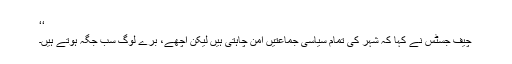
‘‘
چیف جسٹس نے کہا کہ شہر کی تمام سیاسی جماعتیں امن چاہتی ہیں لیکن اچھے، برے لوگ سب جگہ ہوتے ہیں۔